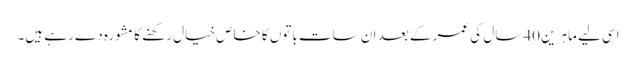
اسی لیے ماہرین 40 سال کی عمر کے بعد ان سات باتوں کا خاص خیال رکھنے کا مشورہ دے رہے ہیں۔